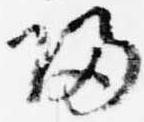
帰